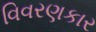
વિવરણકાર